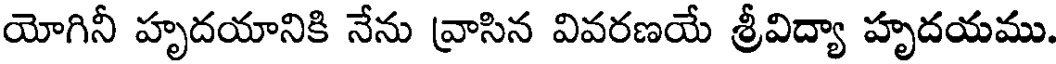
యోగినీ హృదయానికి నేను వ్రాసిన వివరణయే శ్రీవిద్యా హృదయము.